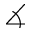
\measuredangle